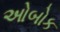
ઓબોક